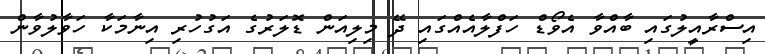
އިސްރާއީލުގައި ބާއްވާ އެވޯޑް ހަފްލާއެއްގައި ދޭ މިލިއަން ޑޮލަރުގެ އަގުހުރި އިނާމަކާ ހަވާލުވާން